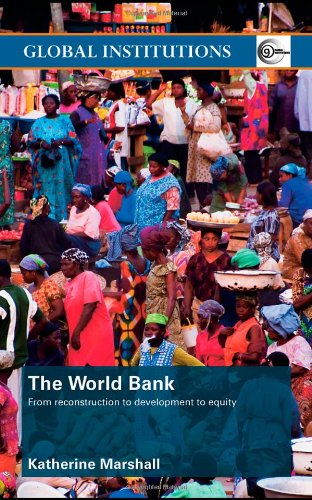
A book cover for The World Bank: From Reconstruction to Development to Equity; Katherine Marshall; Business & Money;